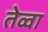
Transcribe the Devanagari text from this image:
तेव्वा